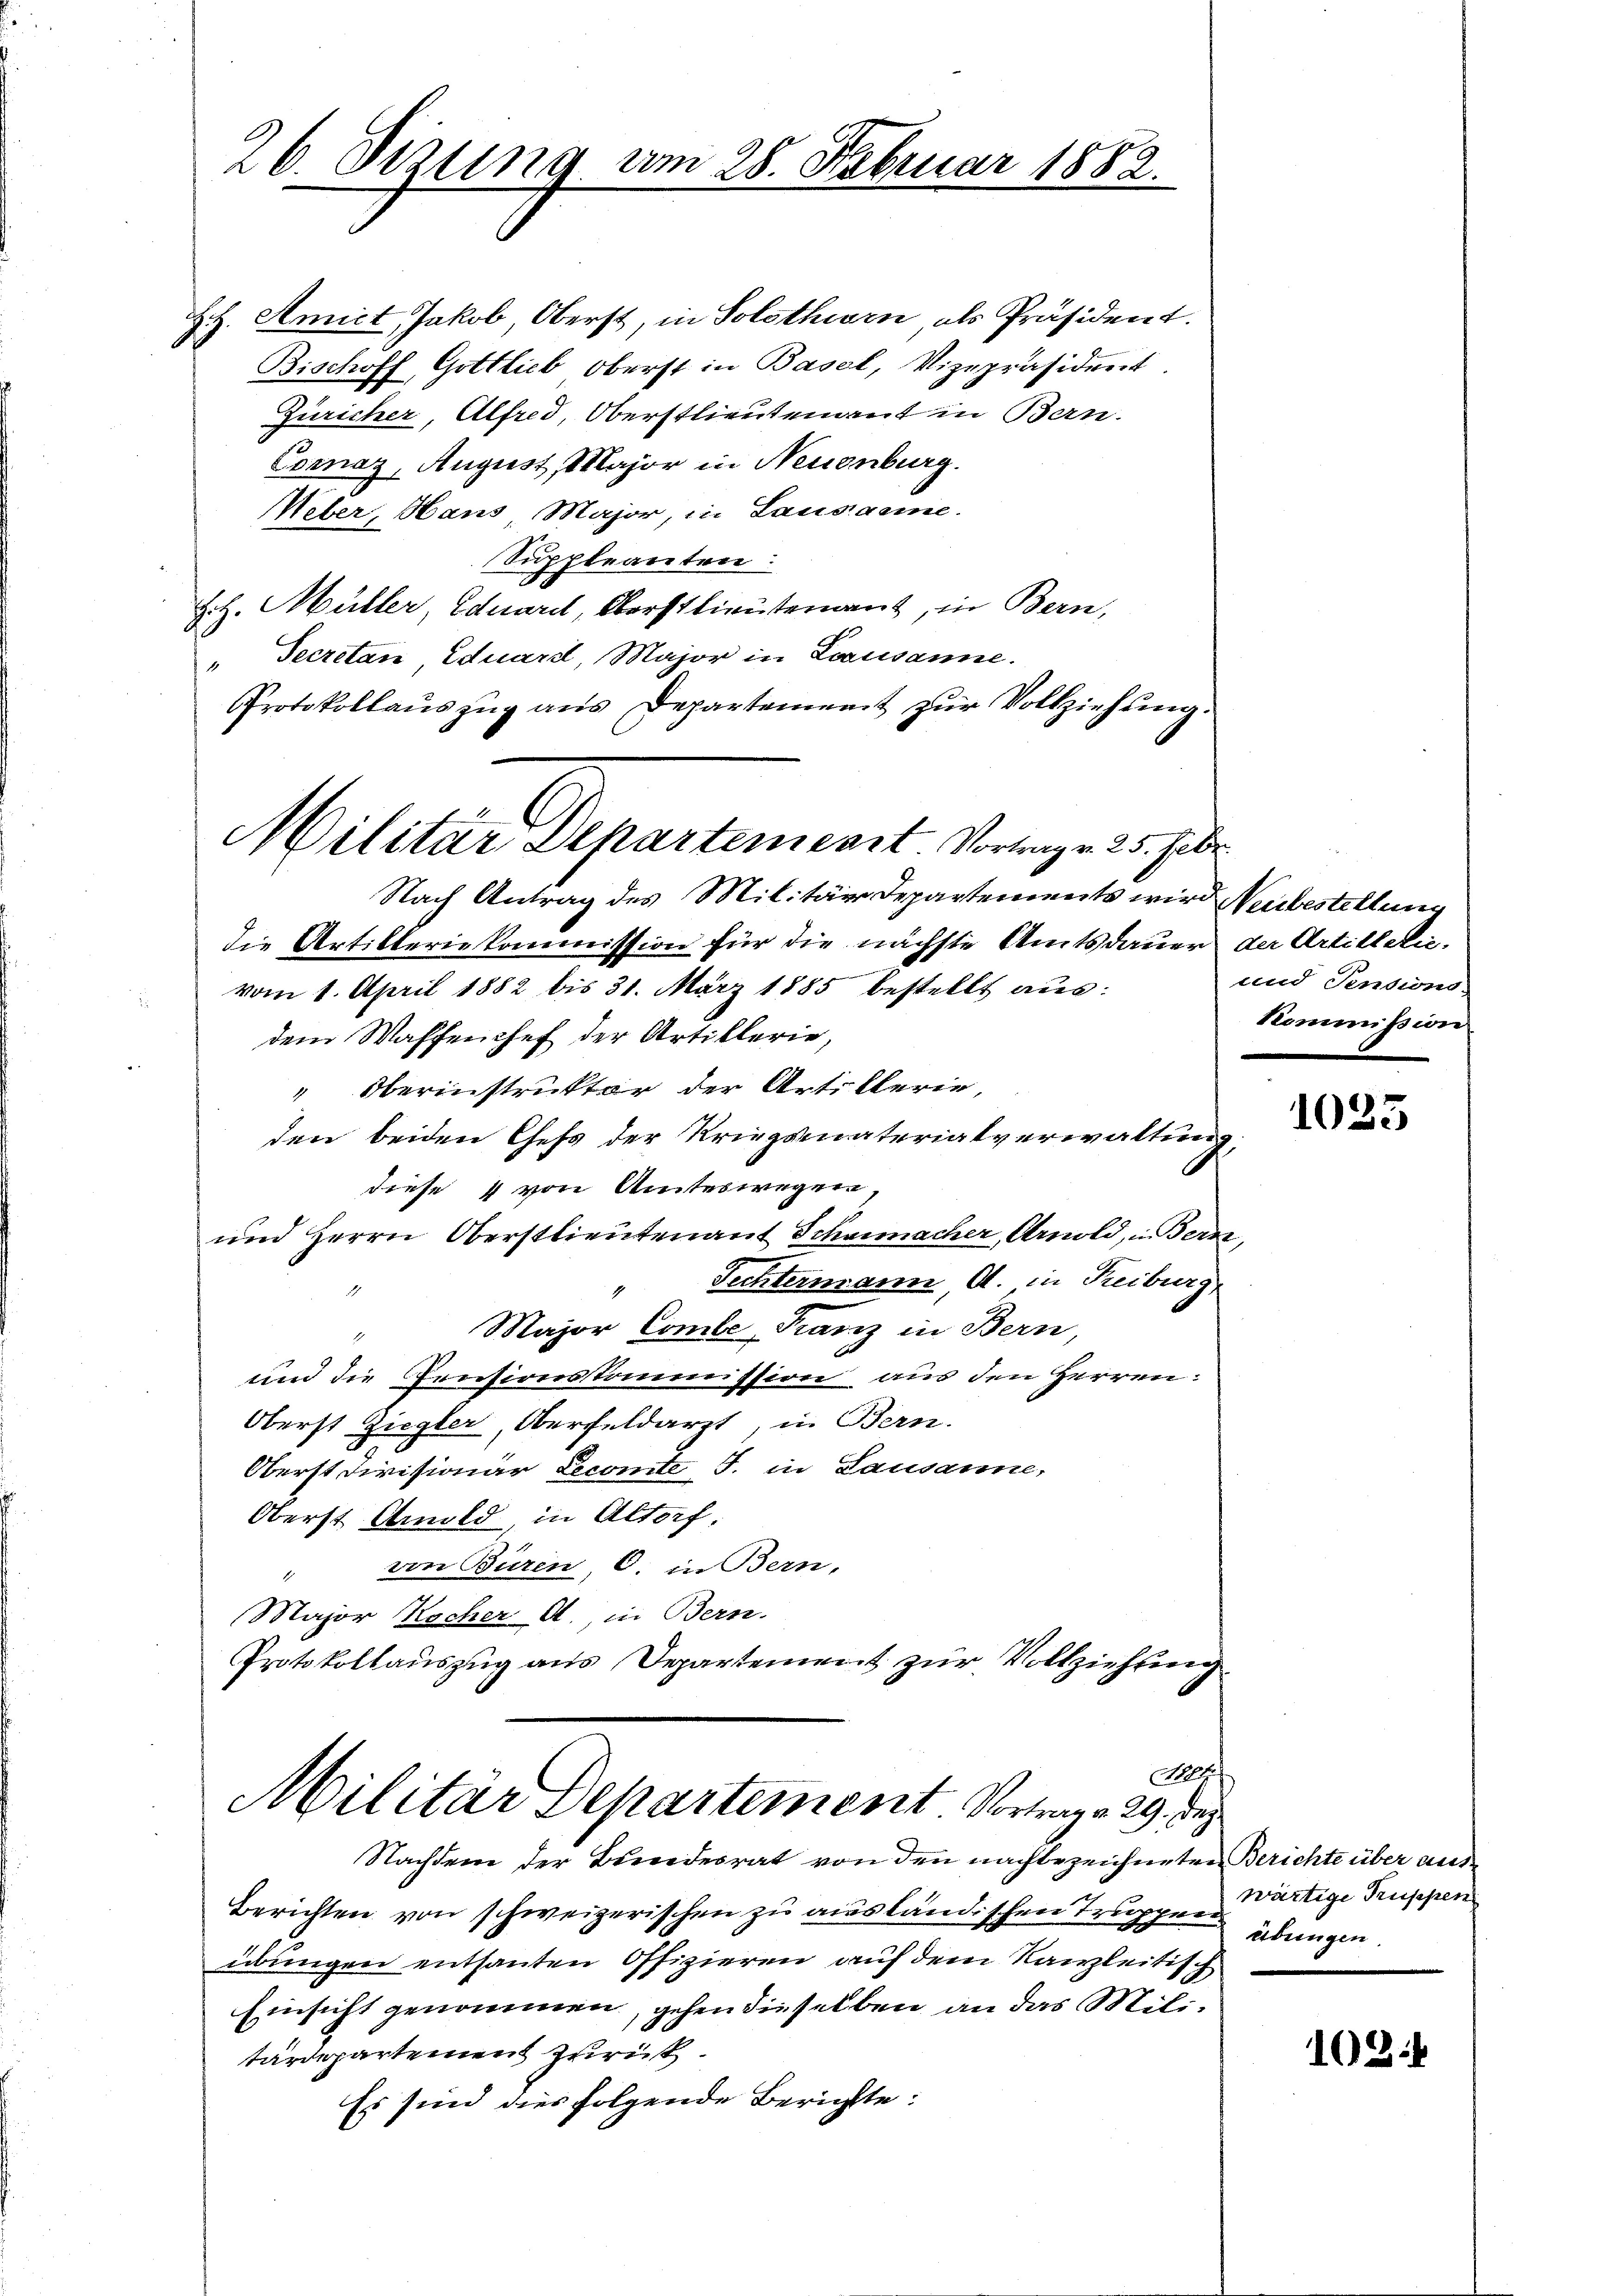
Hch. Amict, Jakob, Oberst, in Solothurn, als Präsident.
Bischoff, Gottlieb, Oberst in Basel, Vizepräsident.
Züricher, Alfred, Oberstlieutenant in Bern.
Cornaz, August, Major in Neuenburg.
Weber, Hans Major, in Lausanne.
Suppleanten:
Hch. Müller, Eduarel, Oberstlieutenant, in Bern,
" Secretan Eduard, Major in Lausanne.
Protokollauszug aus Departement zur Vollziehung.

26. Sitzung vom 28. Februar 1882.

Militar Departement. Vortrag v. 25. Febr.

Nach Antrag des Militärdepartements wird Neubestellung
die Artilleriekommission für die nächste Amtsdauer der Artillerie-
vom 1. April 1882 bis 31. März 1885 bestellt aus:
dem Waffenchef der Artiklerie,
" Oberinstruktor der Artiklerie,
den beiden Chefs der Kriegsmaterialverwaltung,
diese 4 von Amteswegen
und Herrn Oberstlieutenant Schaimacher, Arnold, in Bern
" Fechtermann, A. in Treiburg
Major Combe Franz in Bern,
i
und die Preisionskommission aus den Herren:
Oberst Ziegler, Oberfeldarzt, u. Bern.
Oberst Divisionär Lecomte S. in Lausanne,
Oberst Arnold, in Altorf.
" von Büren, C. in Bern,
Major Kocher A., in Bern.
Protokollauszug aus Departement zur Vollziehung
7

Militär Departement Vortrag 29. Dez

Nachdem der Bundesrat von den nachbezeichneten Berichte über aus¬
Berichten von schweizerischen zu ausländischen Truppen Wärtige Truppen
übungen entsanten Offizieren auf dem Kanleitisch
Einsicht genommen, gehen dieselben an das Militärdepartement zurück.
Es sind dies folgende Berichte:

und Pensions
Kommission

1023

übungen.

1024